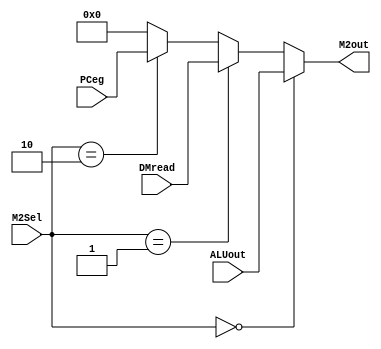
`timescale 1ns / 1ps
//////////////////////////////////////////////////////////////////////////////////
// Company: 
// Engineer: 
// 
// Design Name: 
// Module Name:    MUX2 
// Project Name: 
// Target Devices: 
// Tool versions: 
// Description: 
//
// Dependencies: 
//
// Revision: 
// Revision 0.01 - File Created
// Additional Comments: 
//
//////////////////////////////////////////////////////////////////////////////////
module MUX2(
    input [31:0] ALUout,
    input [31:0] DMread,
    input [31:0] PCeg,
    input [1:0] M2Sel,
    output [31:0] M2out
    );
	 
	 assign M2out = (M2Sel==2'b00)? ALUout : 
	                (M2Sel==2'b01)? DMread :
						 (M2Sel==2'b10)? PCeg   :
						                        32'b0;
endmodule